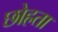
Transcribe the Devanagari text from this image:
छोहता